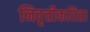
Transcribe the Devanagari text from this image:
निवृत्तीकरिता